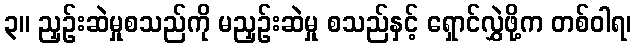
၃။ ညှဉ်းဆဲမှုစသည်ကို မညှဉ်းဆဲမှု စသည်နှင့် ရှောင်လွှဲဖို့က တစ်ဝါရ၊